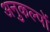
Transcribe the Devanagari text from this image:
अनुकल्पों